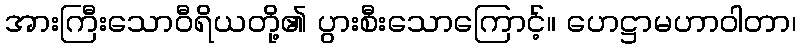
အားကြီးသောဝီရိယတို့၏ ပွားစီးသောကြောင့်။ ဟေဋ္ဌာမဟာဝါတာ၊